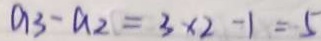
a _ { 3 } - a _ { 2 } = 3 \times 2 - 1 = 5